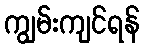
ကျွမ်းကျင်ရန်